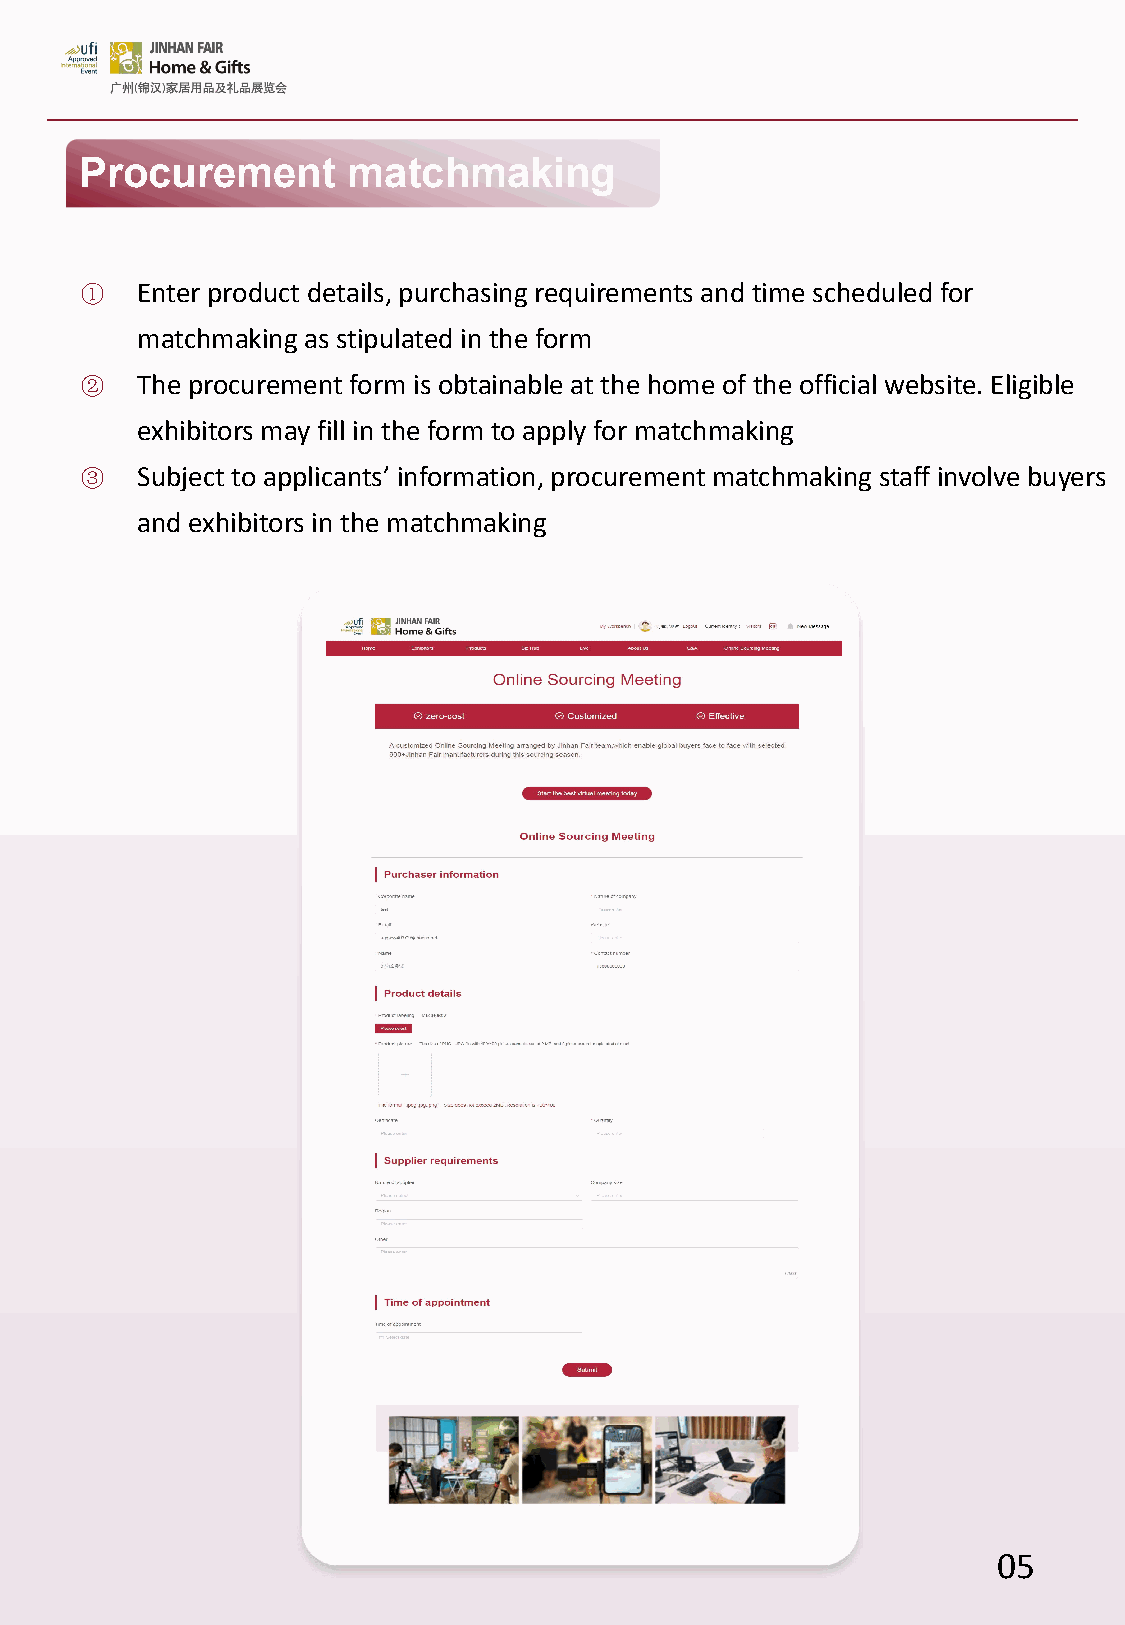
Procurement       matchmaking
 ①   Enter product details, purchasing requirements and time scheduled for
 matchmaking as stipulated in the form
 ②   The procurement form is obtainable at the home of the official website. Eligible
 exhibitors may fill in the form to apply for matchmaking
 ③   Subject to applicants’ information, procurement matchmaking staff involve buyers
 and exhibitors in the matchmaking
 05